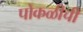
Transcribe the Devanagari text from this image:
पोकळीची